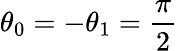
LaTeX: \theta_{0}=-\theta_{1}=\frac{\pi}{2}